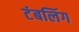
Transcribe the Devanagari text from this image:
टंबलिंग